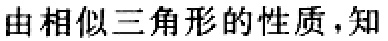
由相似三角形的性质，知